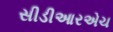
સીડીઆરએચ